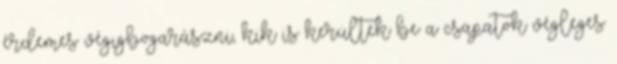
érdemes végigbogarászni, kik is kerültek be a csapatok végleges